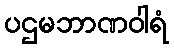
ပဌမဘာဏဝါရံ